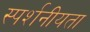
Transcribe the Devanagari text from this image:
स्पर्शनीयता